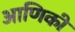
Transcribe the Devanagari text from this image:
आणिकी